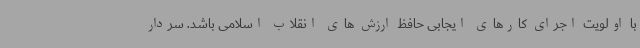
با اولویت اجرای کارهای ایجابی حافظ ارزش های انقلاب اسلامی باشد. سردار